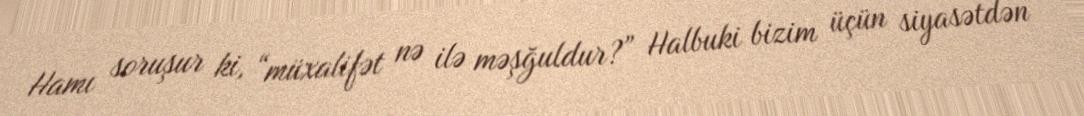
Hamı soruşur ki, “müxalifət nə ilə məşğuldur?” Halbuki bizim üçün siyasətdən